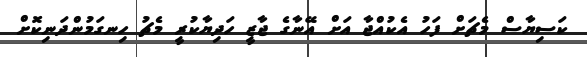
ކަސިޔާސް މެޗަށް ފަހު އެކުއްޖާ އަށް އޭނާގެ ޖާޒީ ހަދިޔާކުރީ މެޗު ހިނގަމުންދަނިކޮށް